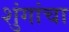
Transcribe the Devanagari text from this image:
शुंगांचा